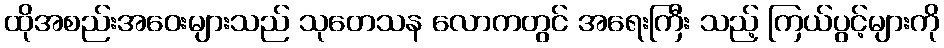
ထိုအစည်းအဝေးများသည် သုတေသန လောကတွင် အရေးကြီး သည့် ကြယ်ပွင့်များကို